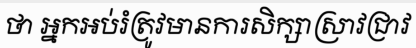
ថា អ្នកអប់រំត្រូវមានការសិក្សាស្រាវជ្រាវ